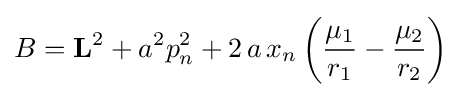
B=\mathbf {L} ^{2}+a^{2}p_{n}^{2}+2\,a\,x_{n}\left({\frac {\mu _{1}}{r_{1}}}-{\frac {\mu _{2}}{r_{2}}}\right)